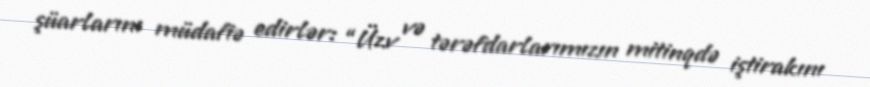
şüarlarını müdafiə edirlər: “Üzv və tərəfdarlarımızın mitinqdə iştirakını